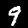
Label: 9